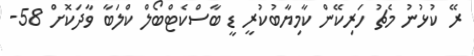
ރޭ ކުޅުނު މެޗު ހަރިކޭން ކާމިޔާބުކުރީ ޑީ ބާސްކެޓްބޯލް ކްލަބާ ވާދަކޮށް 58-